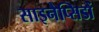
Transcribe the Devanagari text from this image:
साइनैप्सिडों